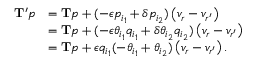
\begin{array} { r l } { \mathbf { T } ^ { \prime } p } & { = \mathbf { T } p + ( - \epsilon p _ { i _ { 1 } } + \delta p _ { i _ { 2 } } ) \left( v _ { r } - v _ { r ^ { \prime } } \right) } \\ & { = \mathbf { T } p + ( - \epsilon \theta _ { i _ { 1 } } q _ { i _ { 1 } } + \delta \theta _ { i _ { 2 } } q _ { i _ { 2 } } ) \left( v _ { r } - v _ { r ^ { \prime } } \right) } \\ & { = \mathbf { T } p + \epsilon q _ { i _ { 1 } } ( - \theta _ { i _ { 1 } } + \theta _ { i _ { 2 } } ) \left( v _ { r } - v _ { r ^ { \prime } } \right) . } \end{array}